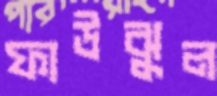
ফাউঝুল